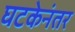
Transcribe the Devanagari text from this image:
घटकेनंतर